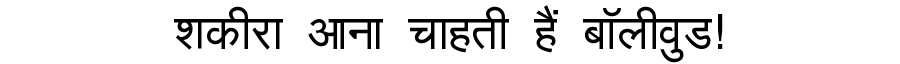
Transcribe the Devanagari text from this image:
शकीरा आना चाहती हैं बॉलीवुड!